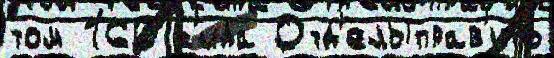
том 160 ́с'ида Отд'елыправ'ить